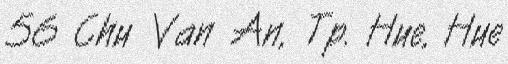
56 Chu Van An, Tp. Hue, Hue